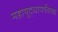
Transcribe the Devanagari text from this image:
महायुद्धापर्यंतच्या